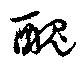
醜